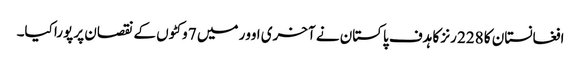
افغانستان کا 228 رنز کا ہدف پاکستان نے آخری اوور میں 7 وکٹوں کے نقصان پر پورا کیا۔